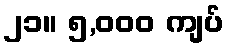
၂၁။ ၅,၀၀၀ ကျပ်